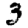
Digit: 3